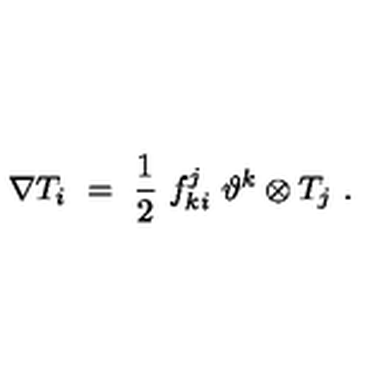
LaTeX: \nabla T _ { i } \ = \ \frac 1 2 \ f _ { k i } ^ { j } \ \vartheta ^ { k } \otimes T _ { j } \ .